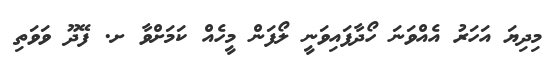
މިދިޔަ އަހަރު އެއްވަނަ ހޯދާފައިވަނީ ލޯފަން މީހެއް ކަމަށްވާ ށ. ފޭދޫ ވަވަތި